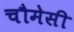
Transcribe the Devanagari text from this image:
चौमेसी